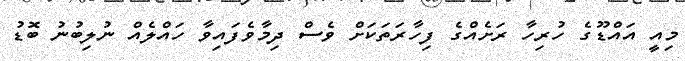
މިއީ އައްޑޫގެ ހުރިހާ ރަށެއްގެ ފިހާރަތަކަށް ވެސް ދިމާވެފައިވާ ހައްލެއް ނުލިބުނު ބޮޑު